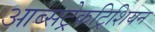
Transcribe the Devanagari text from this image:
आब्सट्रेकट्रिशियन